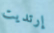
إرتديت